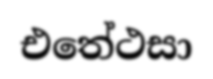
එතේථසා